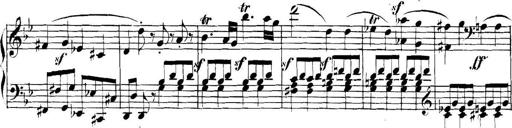
Title: Collected Piano Sonatas
Composer: Muzio Clementi